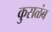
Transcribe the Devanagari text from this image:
कुसळंब